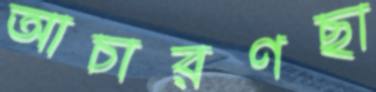
আচারণছা